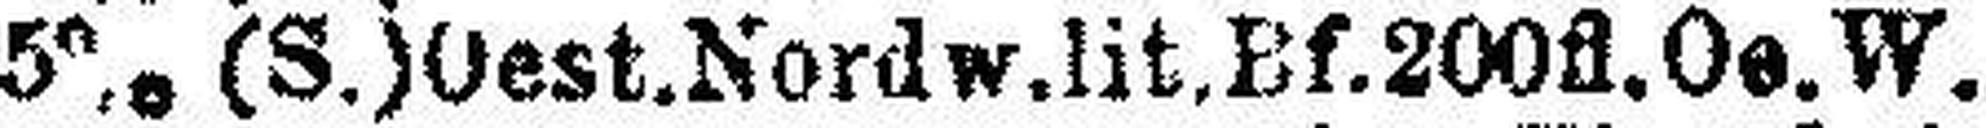
5% (S.) Oest.Nordw.lit.Bf.200fl.Oe.W.